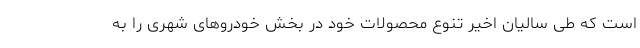
است که طی سالیان اخیر تنوع محصولات خود در بخش خودروهای شهری را به